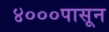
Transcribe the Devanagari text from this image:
४०००पासून